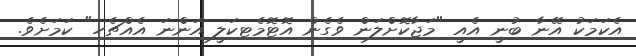
އެކަމަކު އޭނާ ބުނީ އެއީ "މަޖާކޮށްލަން ވެގެން އޮޓޮމެޓިކަލީ އަންނަ އެއްޗެހި" ކަމަށެވެ.